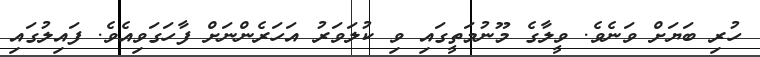
ހުރި ބަޔަށް ވަނެވެ. ވީލާގެ މޫނުމަތީގައި ވި ކުލަވަރު އަހަރެންނަށް ފާހަގަވިއެވެ. ފައިލުގައި